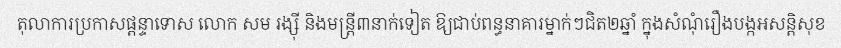
តុលាការប្រកាសផ្តន្ទាទោស លោក សម រង្ស៊ី និងមន្ត្រី៣នាក់ទៀត ឱ្យជាប់ពន្ធនាគារម្នាក់ៗជិត២ឆ្នាំ ក្នុងសំណុំរឿងបង្កអសន្តិសុខ